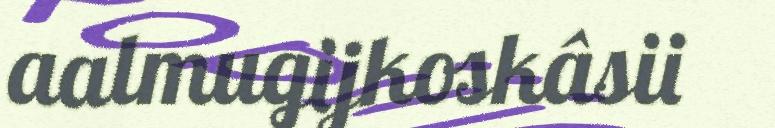
aalmugijkoskâsii